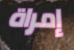
إمراة